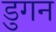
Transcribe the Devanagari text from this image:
डुगन